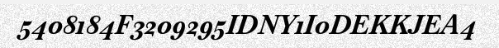
5408184F3209295IDNY1I0DEKKJEA4